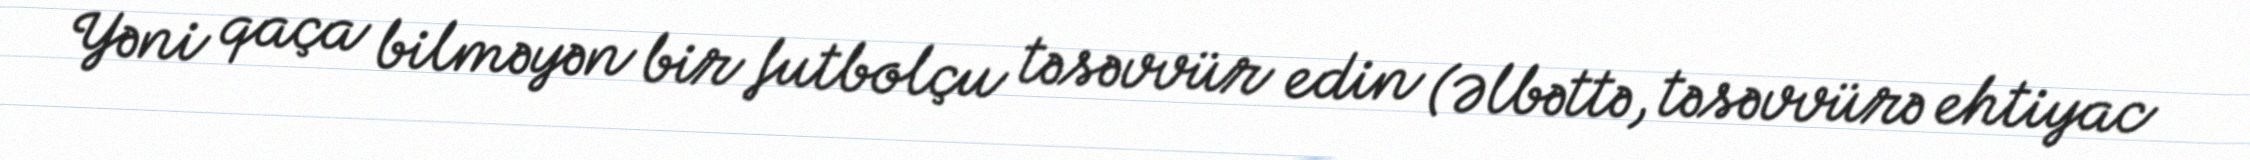
Yəni qaça bilməyən bir futbolçu təsəvvür edin (Əlbəttə, təsəvvürə ehtiyac